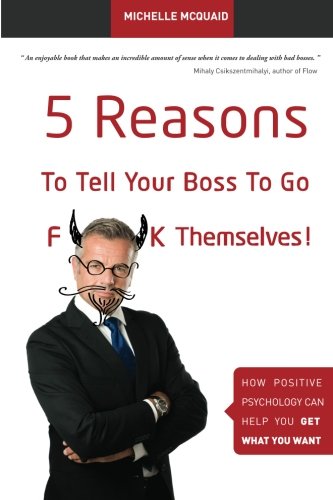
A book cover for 5 Reasons To Tell Your Boss To Go F**k Themselves: How Positive Psychology Can Help You Get What You Want (Volume 1); Ms Michelle L McQuaid MAPP; Business & Money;